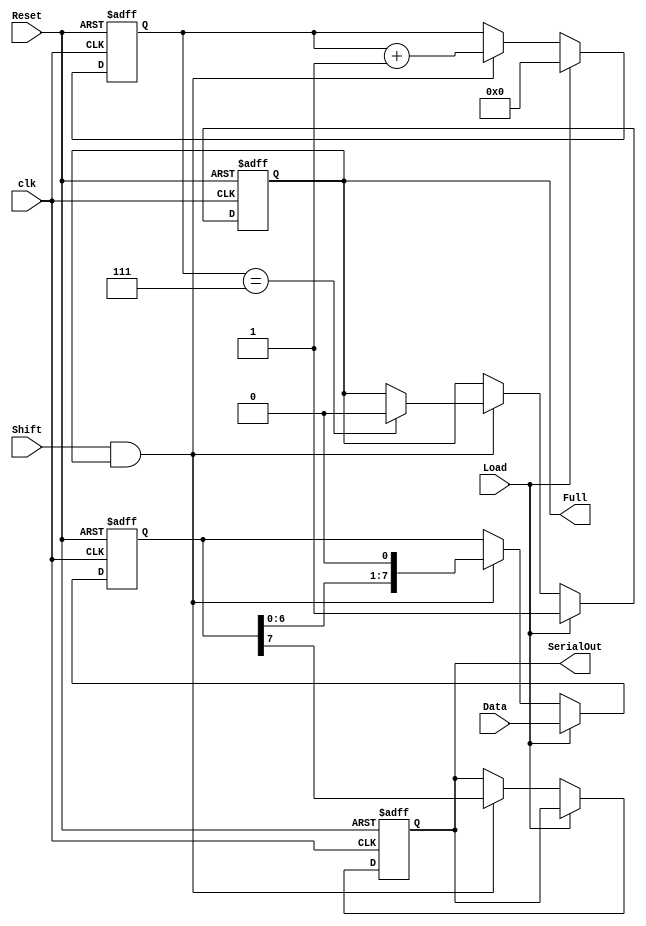
module PISO_Register #(
    parameter WIDTH = 8  // Parameter for the width of the register
)(
    input wire Load,          // Control signal to load parallel data
    input wire [WIDTH-1:0] Data, // Parallel data input
    input wire Shift,         // Control signal to shift out data serially
    input wire clk,           // Clock signal
    input wire Reset,         // Asynchronous reset signal
    output reg SerialOut,     // Serial output of the register
    output reg Full           // Indicates when the register is full
);

    reg [WIDTH-1:0] register; // Internal storage for the PISO register
    reg [3:0] shift_counter;   // Counter to track the number of shifts

    // Asynchronous reset logic
    always @(posedge clk or posedge Reset) begin
        if (Reset) begin
            register <= 0;       // Clear the register
            Full <= 0;           // Reset Full signal
            shift_counter <= 0;   // Reset shift counter
            SerialOut <= 0;      // Reset SerialOut
        end else begin
            if (Load) begin
                register <= Data; // Load data into the register
                Full <= 1;        // Set Full signal
                shift_counter <= 0; // Reset shift counter
            end else if (Shift && Full) begin
                // Shift out the MSB first
                SerialOut <= register[WIDTH-1]; // Output the MSB
                register <= {register[WIDTH-2:0], 1'b0}; // Shift left
                shift_counter <= shift_counter + 1; // Increment shift counter
                // Check if all bits have been shifted out
                if (shift_counter == WIDTH - 1) begin
                    Full <= 0; // Clear Full signal after shifting out all bits
                end
            end
        end
    end

endmodule